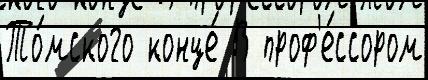
То́мского конце́ В проф'е́ссором